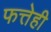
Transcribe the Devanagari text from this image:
फत्तेही